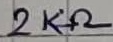
Text: 2KΩ